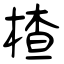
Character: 楂